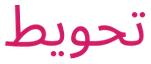
تحويط